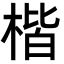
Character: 楷